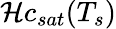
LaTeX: {\cal H}c_{sat}(T_{s})